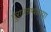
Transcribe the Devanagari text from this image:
पुराणग्रंथाच्या